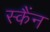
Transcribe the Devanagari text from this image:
स्कैंन